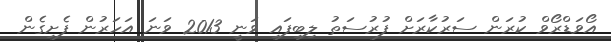
އޯވަޑްރޯވް ކުރަން ސަރުކާރަށް ފުރުސަތު ލިބިފައި ވަނީ 2013 ވަނަ އަހަރުން ފެށިގެން